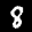
Label: 8